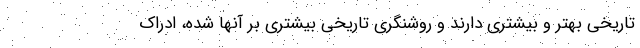
تاریخی بهتر و بیشتری دارند و روشنگری تاریخی بیشتری بر آنها شده، ادراک